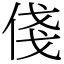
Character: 俴